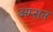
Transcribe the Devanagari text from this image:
अम्सन